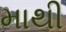
માથી